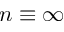
n \equiv \infty